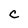
Character: C